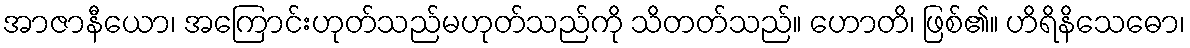
အာဇာနီယော၊ အကြောင်းဟုတ်သည်မဟုတ်သည်ကို သိတတ်သည်။ ဟောတိ၊ ဖြစ်၏။ ဟိရိနိသေဓော၊